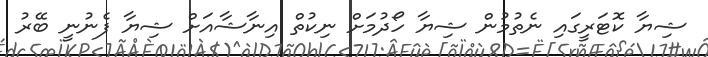
ޝިޔާ ކޮޓަރީގައި ނެތުމުން ޝިޔާ ހޯދުމަށް ނިކުތް އިނާޝާއަށް ޝިޔާ ފެނުނީ ބޭރު